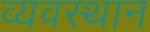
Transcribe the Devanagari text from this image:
व्यवस्थान